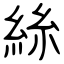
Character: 絲